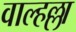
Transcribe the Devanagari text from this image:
वाल्हल्ला